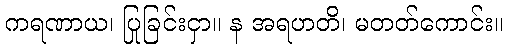
ကရဏာယ၊ ပြုခြင်းငှာ။ န အရဟတိ၊ မတတ်ကောင်း။